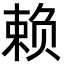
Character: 赖